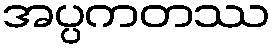
အပ္ပကတဿ